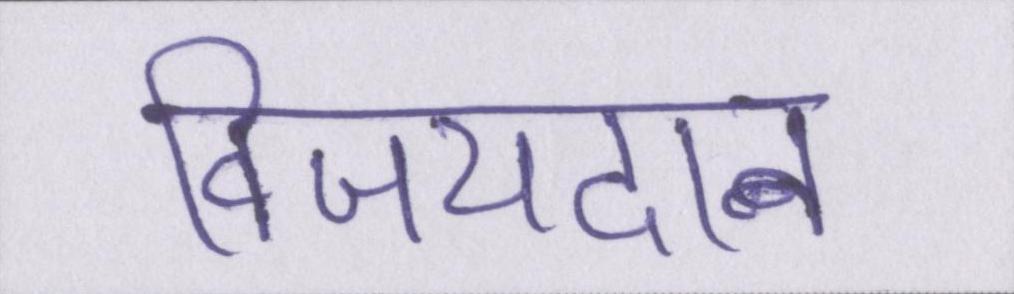
विजयदान